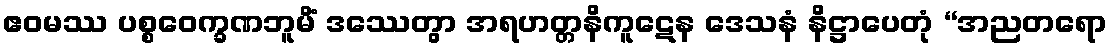
ဧဝမဿ ပစ္စဝေက္ခဏဘူမိံ ဒဿေတွာ အရဟတ္တနိကူဋေန ဒေသနံ နိဋ္ဌာပေတုံ “အညတရော